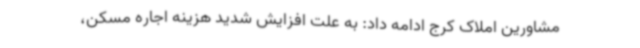
مشاورین املاک کرج ادامه داد: به علت افزایش شدید هزینه اجاره مسکن،